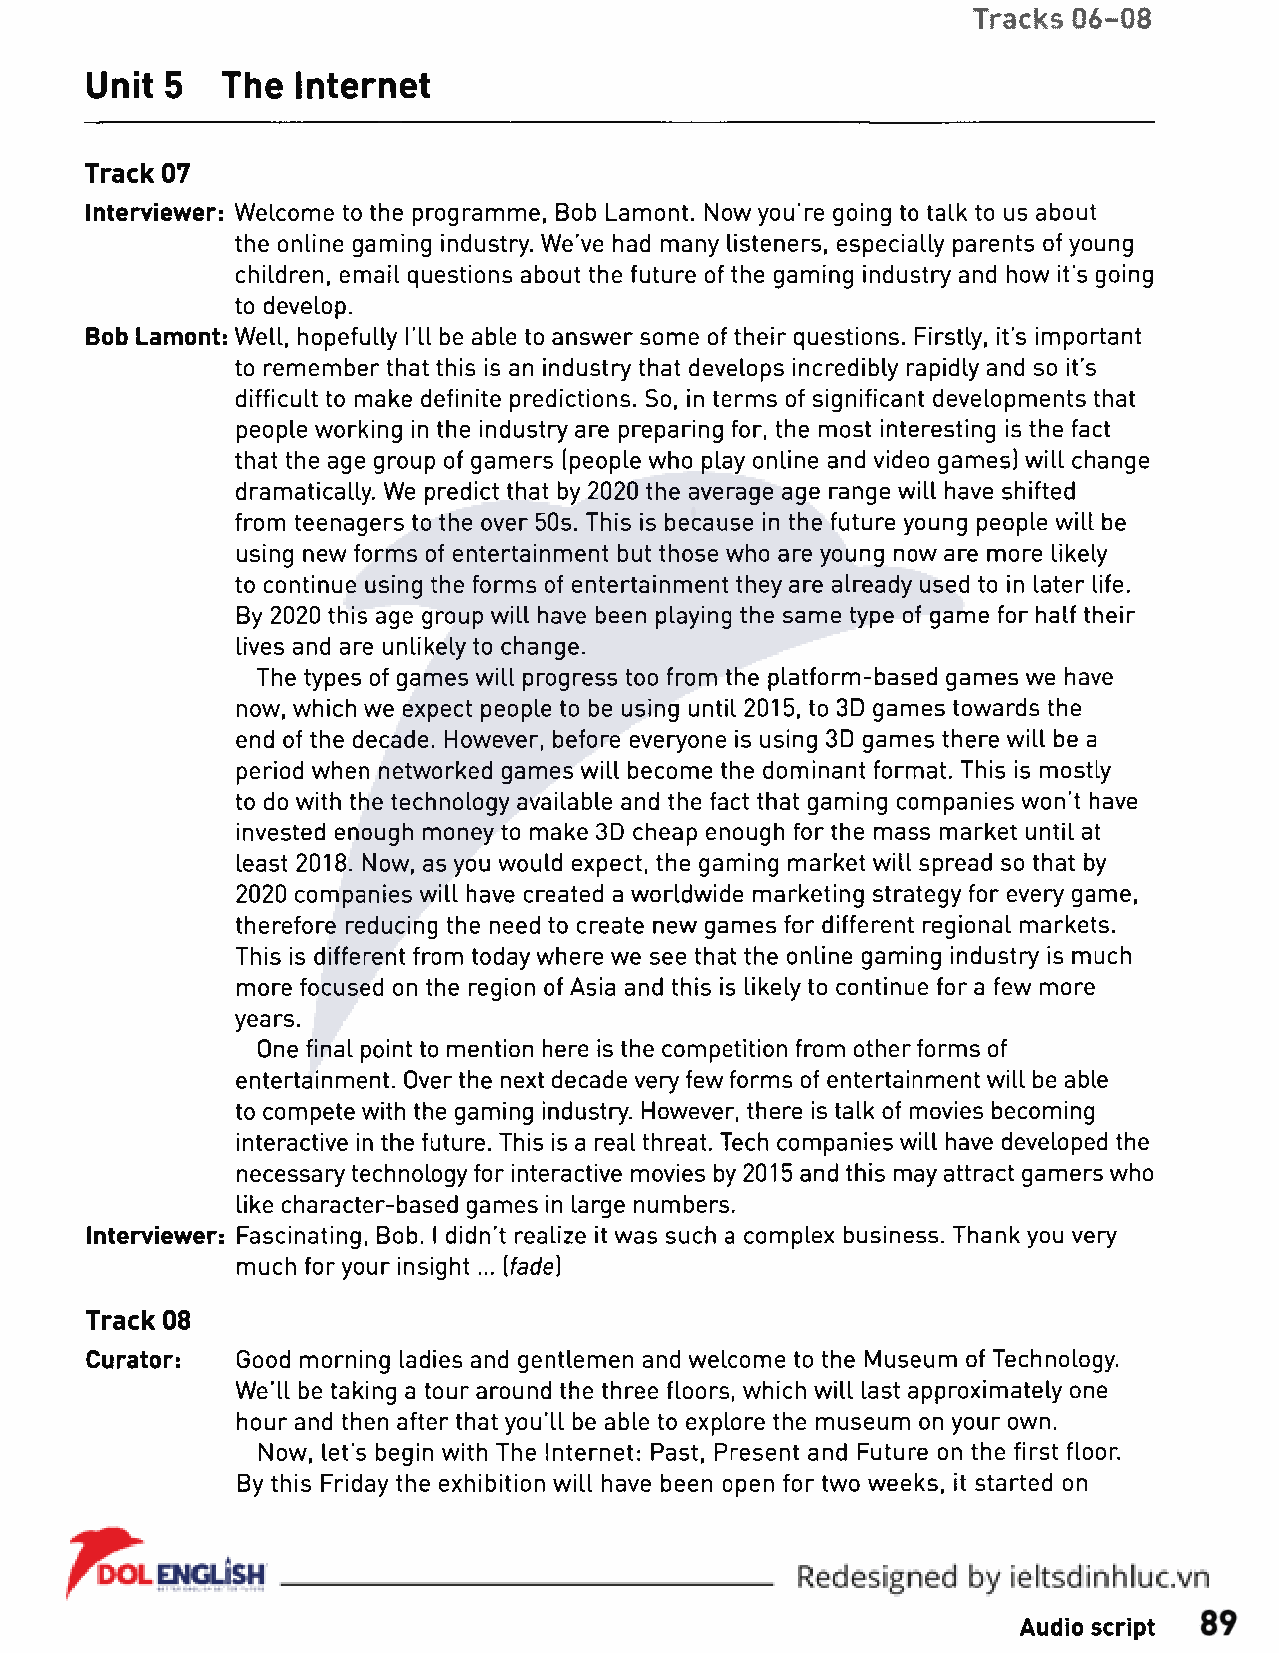
Tracks 06-08
 Unit 5   The  Internet
 Track 07
 Interviewer: Welcome to the programme, Bob Lamont. Now you're going to talk to us about
 the online gaming industry. We’ve had many listeners, especially parents of young
 children, email questions about the future of the gaming industry and how it’s going
 to develop.
 Bob Lamont: Well, hopefully I'll be able to answer some of their questions. Firstly, it’s important
 to remember that this is an industry that develops incredibly rapidly and so it’s
 difficult to make definite predictions. So, in terms of significant developments that
 people working in the industry are preparing for, the most interesting is the fact
 that the age group of gamers (people who play online and video games) will change
 dramatically. We predict that by 2020 the average age range will have shifted
 from teenagers to the over 50s. This is because in the future young people will be
 using new forms of entertainment but those who are young now are more likely
 to continue using the forms of entertainment they are already used to in later life.
 By 2020 this age group will have been playing the same type of game for half their
 lives and are unlikely to change.
 The types of games will progress too from the platform-based games we have
 now, which we expect people to be using until 2015, to 3D games towards the
 end of the decade. However, before everyone is using 3D games there will be a
 period when networked games will become the dominant format. This is mostly
 to do with the technology available and the fact that gaming companies won’t have
 invested enough money to make 3D cheap enough for the mass market until at
 least 2018. Now, as you would expect, the gaming market will spread so that by
 2020 companies will have created a worldwide marketing strategy for every game,
 therefore reducing the need to create new games for different regional markets.
 This is different from today where we see that the online gaming industry is much
 more focused on the region of Asia and this is likely to continue for a few more
 years.
 One final point to mention here is the competition from other forms of
 entertainment. Over the next decade very few forms of entertainment will be able
 to compete with the gaming industry. However, there is talk of movies becoming
 interactive in the future. This is a real threat. Tech companies will have developed the
 necessary technology for interactive movies by 2015 and this may attract gamers who
 like character-based games in large numbers.
 Interviewer: Fascinating, Bob. I didn’t realize it was such a complex business. Thank you very
 much for your insight... [fade]
 Track 08
 Curator:  Good morning ladies and gentlemen and welcome to the Museum of Technology.
 We’ll be taking a tour around the three floors, which will last approximately one
 hour and then after that you’ll be able to explore the museum on your own.
 Now, let’s begin with The Internet: Past, Present and Future on the first floor.
 By this Friday the exhibition will have been open for two weeks, it started on
 Audio script